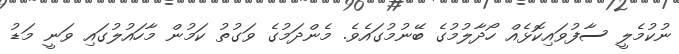
ނުކުމެލީ ސާފުވައިކޮޅެއް ހޯދާލުމުގެ ބޭނުމުގައެވެ. މެންދަމުގެ ވަގުތު ކަމުން މާހައުލުގައި ވަނީ މަޑު